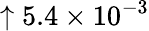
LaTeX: \uparrow 5.4\times 10^{-3}